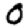
Digit: 0